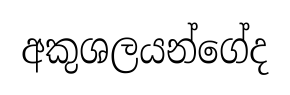
අකුශලයන්ගේද